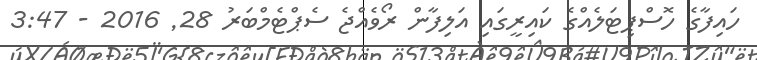
ހައިފާގެ ހޮސްޕިޓަލެއްގެ ކައިރީގައި އަލިފާން ރޯވެއްޖެ ސެޕްޓެމްބަރު 28